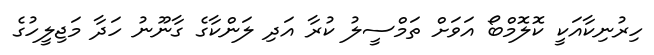
ހިރުނިކާއަކީ ކޮލޮމްބޯ އަވަށް ތަމްސީލު ކުރާ އަދި ލަންކާގެ ގާނޫނު ހަދާ މަޖިލީހުގެ